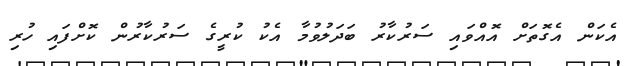
އެކަން އެގޮތަށް އޮއްވައި ސަރުކާރު ބަދަލުވުމާ އެކު ކުރީގެ ސަރުކާރުން ކޮށްފައި ހުރި